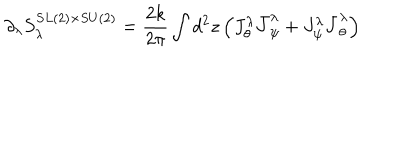
\partial _ { \lambda } S _ { \lambda } ^ { S L ( 2 ) \times S U ( 2 ) } = \frac { 2 k } { 2 \pi } \int d ^ { 2 } z \left( J _ { \theta } ^ { \lambda } \bar { J } _ { \psi } ^ { \lambda } + J _ { \psi } ^ { \lambda } \bar { J } _ { \theta } ^ { \lambda } \right)